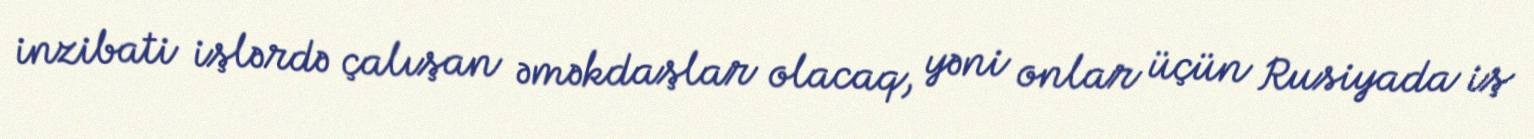
inzibati işlərdə çalışan əməkdaşlar olacaq, yəni onlar üçün Rusiyada iş